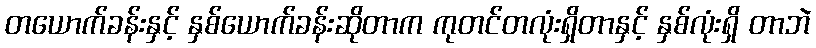
တယောက်ခန်းနှင့် နှစ်ယောက်ခန်းဆိုတာက ကုတင်တလုံးရှိတာနှင့် နှစ်လုံးရှိ တာဘဲ